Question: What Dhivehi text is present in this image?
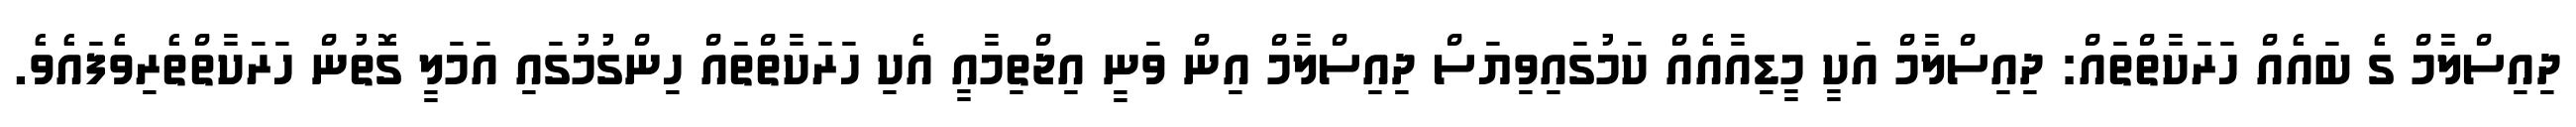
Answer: ދިއިސްލާމް ގެ ބައެއް ހަރަކާތްތައް: ދިއިސްލާމް އަކީ މީޑިއާއެއް ކަމުގައިވިޔަސް ދިއިސްލާމް އިން ވަނީ އިޖްތިމާއީ އެކި ހަރަކާތްތައް ހިންގުމުގައި އަމަލީ ގޮތުން ހަރަކާތްތެރިވެފައެވެ.